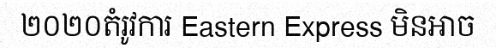
២០២០តំរូវការ Eastern Express មិនអាច